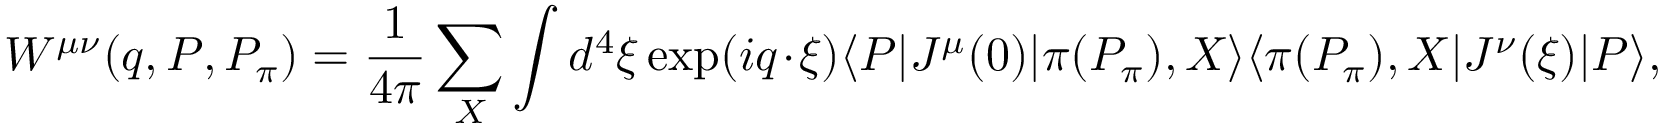
W ^ { \mu \nu } ( q , P , P _ { \pi } ) = \frac { 1 } { 4 \pi } \sum _ { X } \int d ^ { 4 } \xi \exp ( i q \cdot \xi ) \langle P | J ^ { \mu } ( 0 ) | \pi ( P _ { \pi } ) , X \rangle \langle \pi ( P _ { \pi } ) , X | J ^ { \nu } ( \xi ) | P \rangle ,